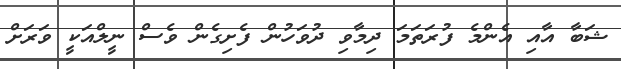
ޝަބާ އާއި އެންމެ ފުރަތަމަ ދިމާވި ދުވަހުން ފެށިގެން ވެސް ނީލްއަކީ ވަރަށް